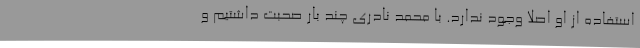
استفاده از او اصلا وجود ندارد. با محمد نادری چند بار صحبت داشتیم و